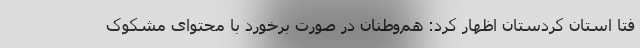
فتا استان کردستان اظهار کرد: هم‌وطنان در صورت برخورد با محتوای مشکوک